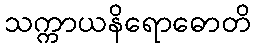
သက္ကာယနိရောဓောတိ